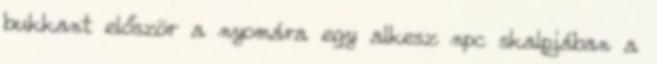
bukkant először a nyomára egy alkesz npc skalpjában a